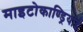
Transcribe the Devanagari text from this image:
माइटोकाण्ड्रियाई